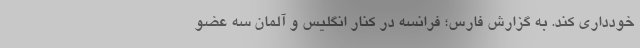
خودداری کند. به گزارش فارس؛ فرانسه در کنار انگلیس و آلمان سه عضو